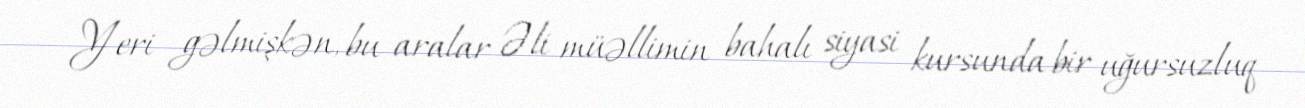
Yeri gəlmişkən, bu aralar Əli müəllimin bahalı siyasi kursunda bir uğursuzluq